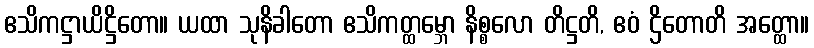
ဧသိကဋ္ဌာယိဋ္ဌိတော။ ယထာ သုနိခါတော ဧသိကတ္ထမ္ဘော နိစ္စလော တိဋ္ဌတိ, ဧဝံ ဌိတောတိ အတ္ထော။